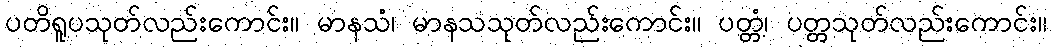
ပတိရူပသုတ်လည်းကောင်း။ မာနသံ၊ မာနသသုတ်လည်းကောင်း။ ပတ္တံ၊ ပတ္တသုတ်လည်းကောင်း။